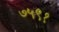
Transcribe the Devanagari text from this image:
७५९१